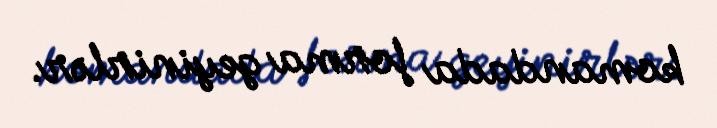
komandada forma geyinirlər.